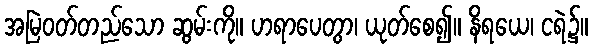
အမြဲဝတ်တည်သော ဆွမ်းကို။ ဟရာပေတွာ၊ ယုတ်စေ၍။ နိရယေ၊ ငရဲ၌။